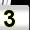
Digit: 3